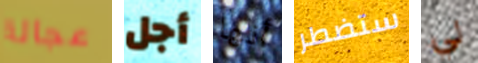
عجالة أجل أنها ستضطر لي